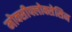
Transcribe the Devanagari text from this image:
मोक्सीफ्लोक्सेसिन